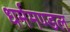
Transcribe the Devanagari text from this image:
धर्ममण्डल